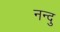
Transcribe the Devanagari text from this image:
नन्दु